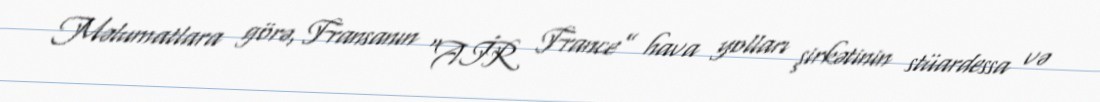
Məlumatlara görə, Fransanın “AİR France” hava yolları şirkətinin stüardessa və